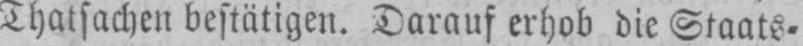
Thatsachen bestätigen. Darauf erhob die Staats⸗